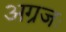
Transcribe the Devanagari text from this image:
अग्रजः